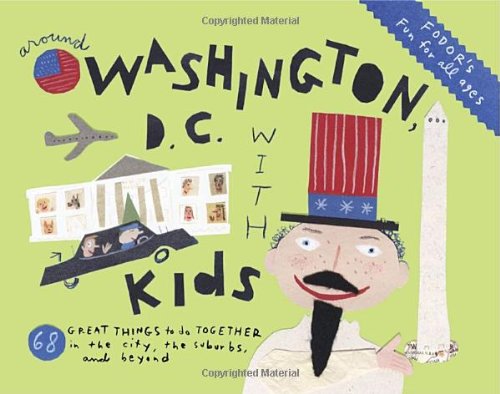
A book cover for Fodor's Around Washington, D.C. with Kids (Around the City with Kids); Fodor's; Travel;